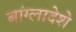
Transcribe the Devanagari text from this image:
बांग्लादेशे